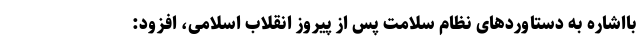
بااشاره به دستاورد‌های نظام سلامت پس از پیروز انقلاب اسلامی، افزود: